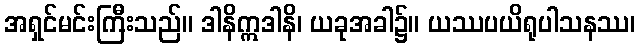
အရှင်မင်းကြီးသည်။ ဒါနိဣဒါနိ၊ ယခုအခါ၌။ ယဿပယိရုပါသနဿ၊